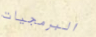
البرمجيات